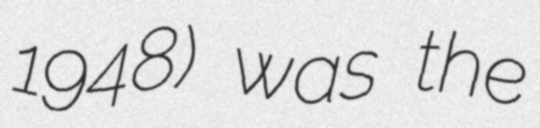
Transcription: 1948) was the